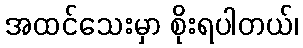
အထင်သေးမှာ စိုးရပါတယ်၊